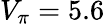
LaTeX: V_{\pi}=5.6